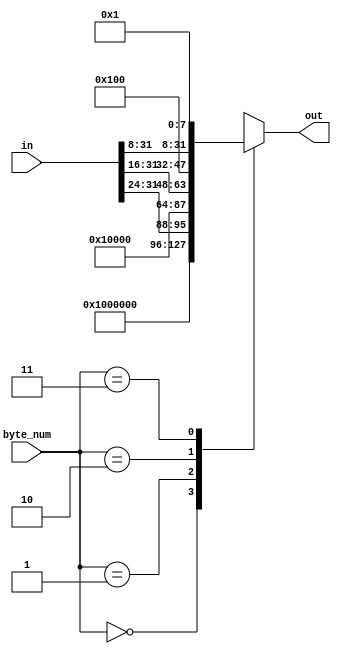
/*
 * Copyright 2013, Homer Hsing <homer.hsing@gmail.com>
 *
 * Licensed under the Apache License, Version 2.0 (the "License");
 * you may not use this file except in compliance with the License.
 * You may obtain a copy of the License at
 *
 * http://www.apache.org/licenses/LICENSE-2.0
 *
 * Unless required by applicable law or agreed to in writing, software
 * distributed under the License is distributed on an "AS IS" BASIS,
 * WITHOUT WARRANTIES OR CONDITIONS OF ANY KIND, either express or implied.
 * See the License for the specific language governing permissions and
 * limitations under the License.
 */

/*
 *     in      byte_num     out
 * 0x11223344      0    0x01000000
 * 0x11223344      1    0x11010000
 * 0x11223344      2    0x11220100
 * 0x11223344      3    0x11223301
 */

module padder1_l(in, byte_num, out);
    input      [31:0] in;
    input      [1:0]  byte_num;
    output reg [31:0] out;
    
    always @ (*)
      case (byte_num)
        0: out = 32'h1000000;
        1: out = {in[31:24], 24'h010000};
        2: out = {in[31:16], 16'h0100};
        3: out = {in[31:8],   8'h01};
      endcase
endmodule